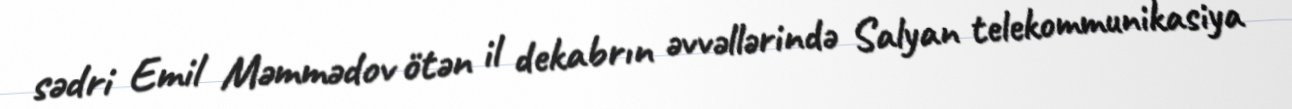
sədri Emil Məmmədov ötən il dekabrın əvvəllərində Salyan telekommunikasiya